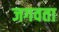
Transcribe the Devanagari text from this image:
जगवता